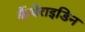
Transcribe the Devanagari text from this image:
कैंथेराइडिन